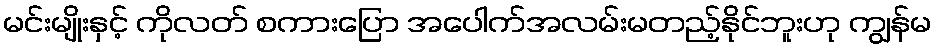
မင်းမျိုးနှင့် ကိုလတ် စကားပြော အပေါက်အလမ်းမတည့်နိုင်ဘူးဟု ကျွန်မ